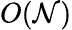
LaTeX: O(\mathcal{N})